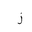
Letter: _zay